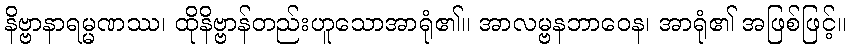
နိဗ္ဗာနာရမ္မဏဿ၊ ထိုနိဗ္ဗာန်တည်းဟူသောအာရုံ၏။ အာလမ္ဗနဘာဝေန၊ အာရုံ၏ အဖြစ်ဖြင့်။